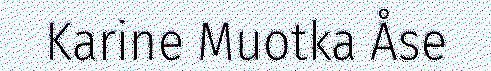
Karine Muotka Åse